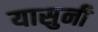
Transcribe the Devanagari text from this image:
यासुनी